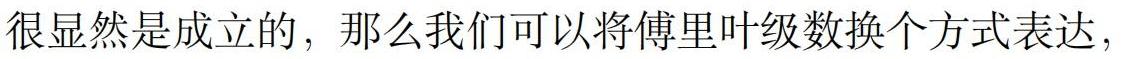
很显然是成立的，那么我们可以将傅里叶级数换个方式表达，